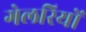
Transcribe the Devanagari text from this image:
गेलरियों